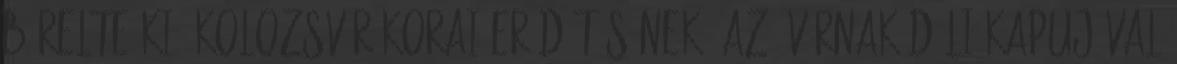
bérelte ki, Kolozsvár korai erődítésének, az Óvárnak déli kapujával